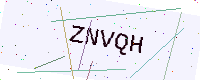
Text: ZNVQH